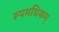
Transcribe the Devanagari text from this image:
रूपमधिकम्